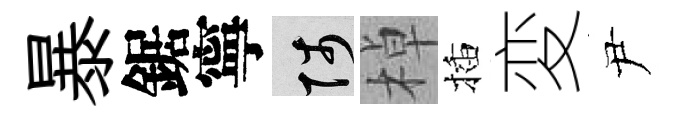
暴鋸寧陟棹插変尹